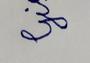
Signature authenticity: forged